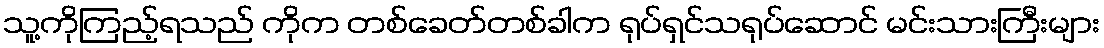
သူ့ကိုကြည့်ရသည် ကိုက တစ်ခေတ်တစ်ခါက ရုပ်ရှင်သရုပ်ဆောင် မင်းသားကြီးများ